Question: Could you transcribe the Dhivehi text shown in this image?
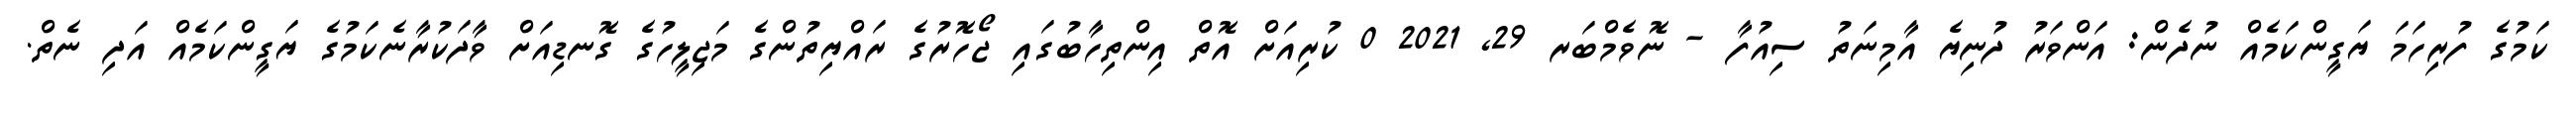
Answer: ކަމުގެ ފުރިހަމަ ޔަގީންކަމެއް ނުދެން: އަންވަރު ދުނިޔެ އާމިނަތު ސިއުފާ - ނޮވެމްބަރ 29, 2021 0 ކުރިއަށް އޮތް އިންތިހާބުގައި ޖޯހޮރުގެ ރައްޔިތުންގެ މަޖިލީހުގެ ގޮނޑިއަށް ވާދަކުރާނެކަމުގެ ޔަގީންކަމެއް އަދި ނެތް.